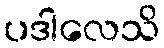
ပဒါလေသိ